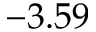
- 3 . 5 9